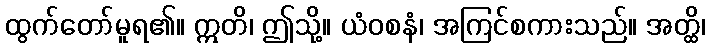
ထွက်တော်မူရ၏။ ဣတိ၊ ဤသို့။ ယံဝစနံ၊ အကြင်စကားသည်။ အတ္ထိ၊